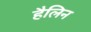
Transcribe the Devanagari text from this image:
हैलिन